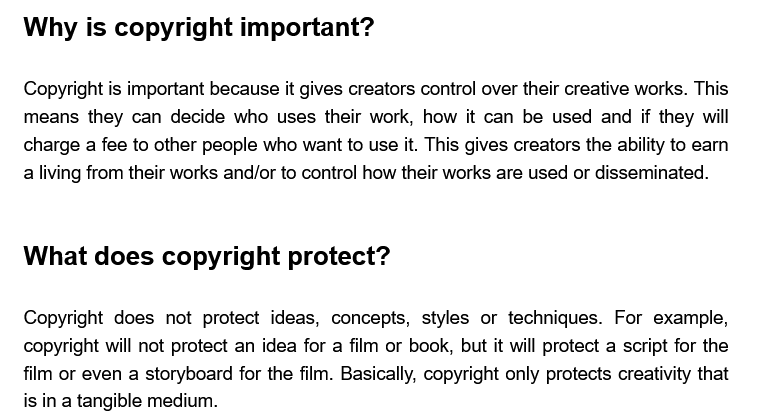
Copyright is important because it gives creators control over their creative works. This
   means  they can decide who  uses their work, how it can be used and if they will
   charge a fee to other people who want to use it. This gives creators the ability to earn
  a
   living from their works and/or to control how their works are used or disseminated.
   Why  is   copyright    important?
   Copyright does  not protect ideas, concepts, styles or techniques. For example,
   copyright will not protect an idea for a film or book, but it will protect a script for the
   film or even a storyboard for the film. Basically, copyright only protects creativity that
   is in a tangible medium.
   What  does    copyright    protect?